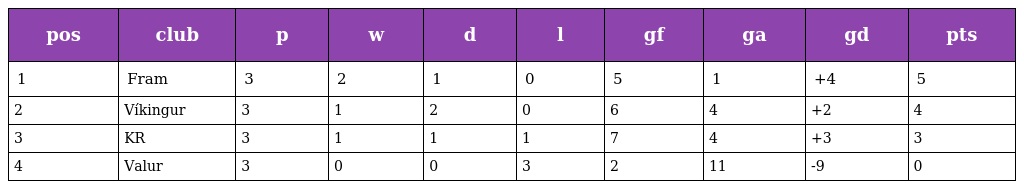
| pos | club | p | w | d | l | gf | ga | gd | pts |
 | --- | --- | --- | --- | --- | --- | --- | --- | --- | --- |
 | 1 | Fram | 3 | 2 | 1 | 0 | 5 | 1 | +4 | 5 |
 | 2 | Víkingur | 3 | 1 | 2 | 0 | 6 | 4 | +2 | 4 |
 | 3 | KR | 3 | 1 | 1 | 1 | 7 | 4 | +3 | 3 |
 | 4 | Valur | 3 | 0 | 0 | 3 | 2 | 11 | -9 | 0 |